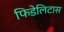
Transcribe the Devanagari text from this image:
फिडेलिटास